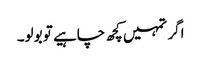
اگر تمہیں کچھ چاہیے تو بولو۔